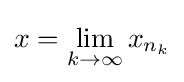
x=\lim _{k\to \infty }x_{n_{k}}